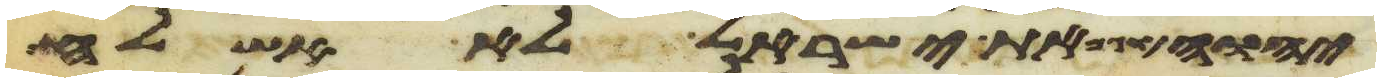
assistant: יהוה וגם את ישראל לא אשלח